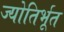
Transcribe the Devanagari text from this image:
ज्योतिर्भूत